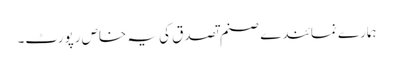
ہمارے نمائندے صنم تصدق کی یہ خاص رپورٹ۔